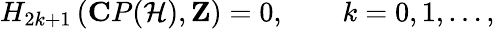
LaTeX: H_{2k+1}\left({\mathbf CP}({\cal H}),{\mathbf Z}\right)=0,\qquad k=0,1,\ldots,